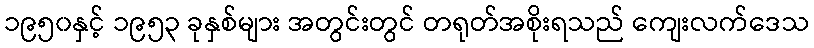
၁၉၅၀နှင့် ၁၉၅၃ ခုနှစ်များ အတွင်းတွင် တရုတ်အစိုးရသည် ကျေးလက်ဒေသ